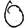
Digit: 0